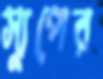
স্যুপের